65_HS1-834228961_62-HQ-83894_Section_1
Agency: FBI
Page 165
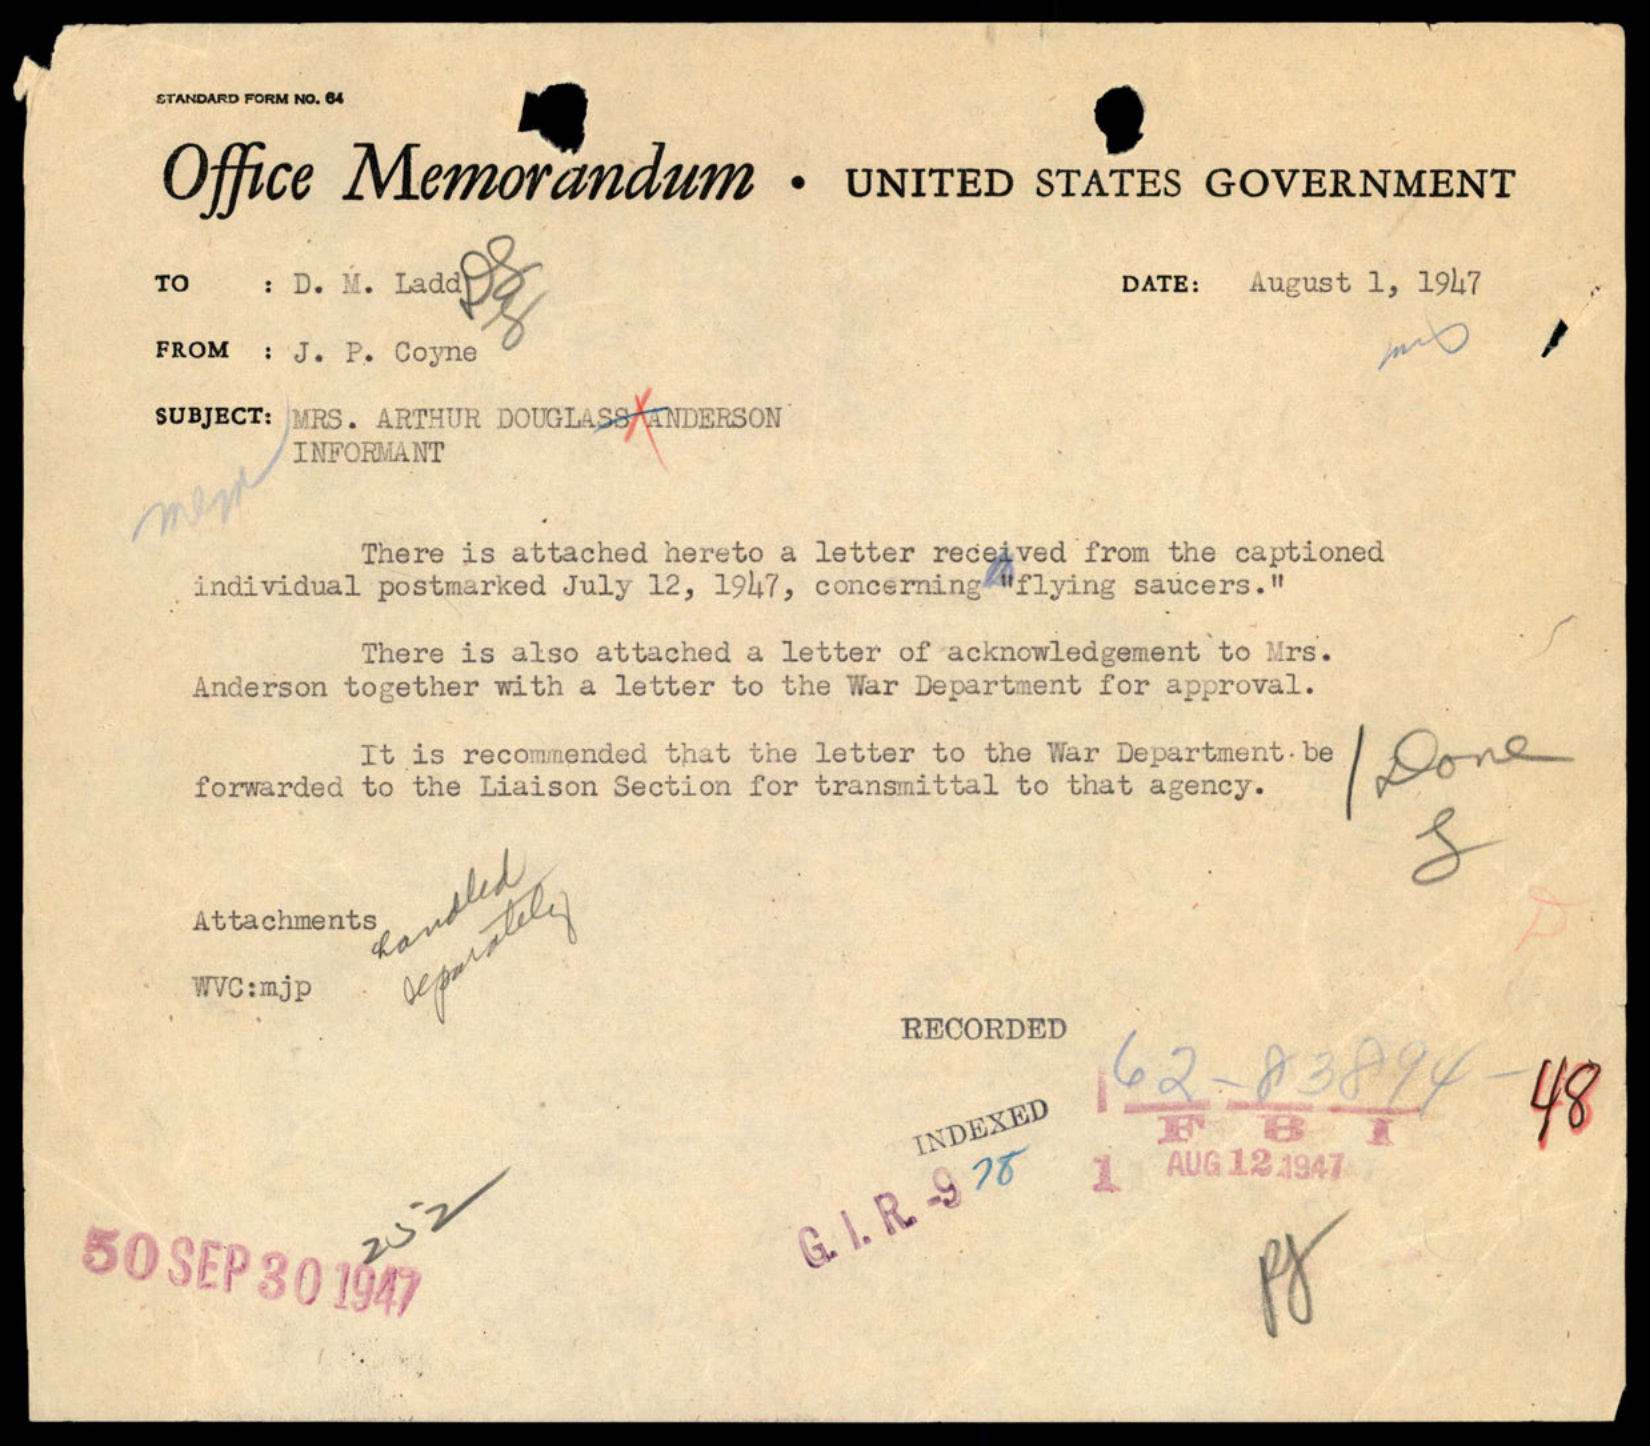